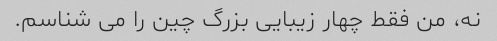
نه، من فقط چهار زیبایی بزرگ چین را می شناسم.